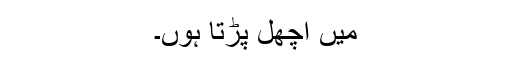
میں اچھل پڑتا ہوں۔